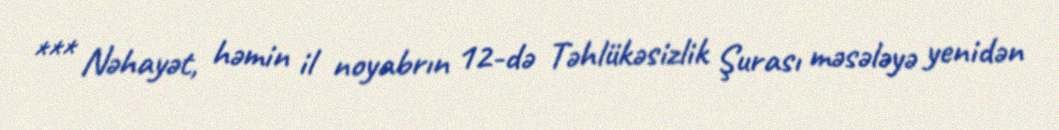
*** Nəhayət, həmin il noyabrın 12-də Təhlükəsizlik Şurası məsələyə yenidən